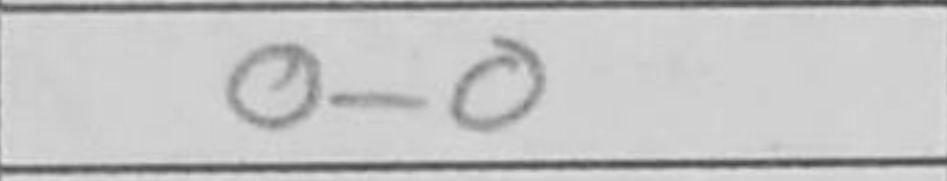
Transcription: O-O